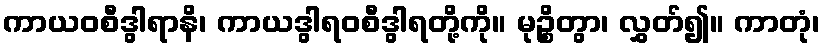
ကာယဝစီဒွါရာနိ၊ ကာယဒွါရဝစီဒွါရတို့ကို။ မုဉ္စိတွာ၊ လွှတ်၍။ ကာတုံ၊